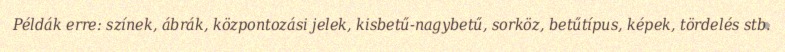
Példák erre: színek, ábrák, központozási jelek, kisbetű-nagybetű, sorköz, betűtípus, képek, tördelés stb.